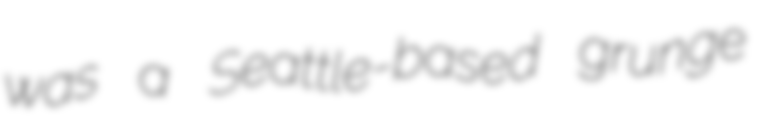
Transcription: was a Seattle-based grunge